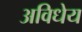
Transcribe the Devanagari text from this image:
अविधेय